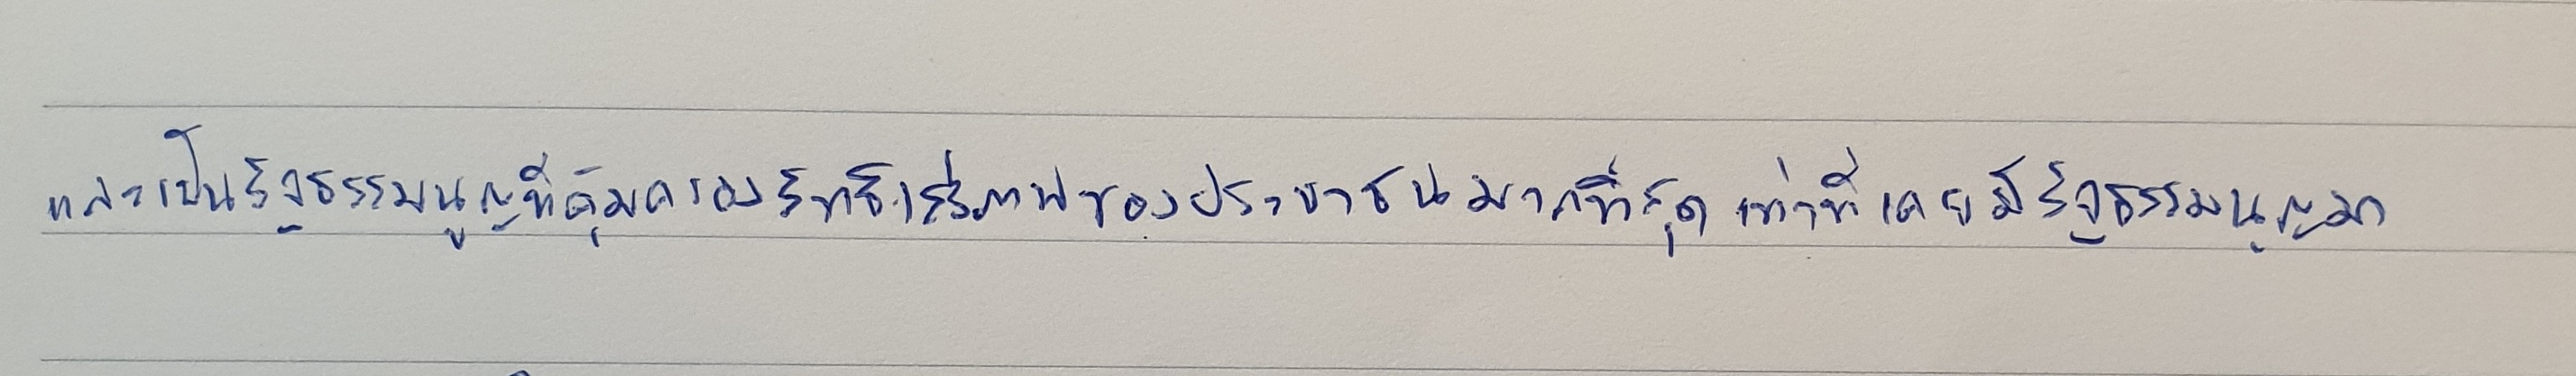
และเป็นรัฐธรรมนูญที่คุ้มครองสิทธิเสรีภาพของประชาชนมากที่สุดเท่าที่เคยมีรัฐธรรมนูญมา